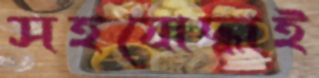
সহযোদ্ধাই